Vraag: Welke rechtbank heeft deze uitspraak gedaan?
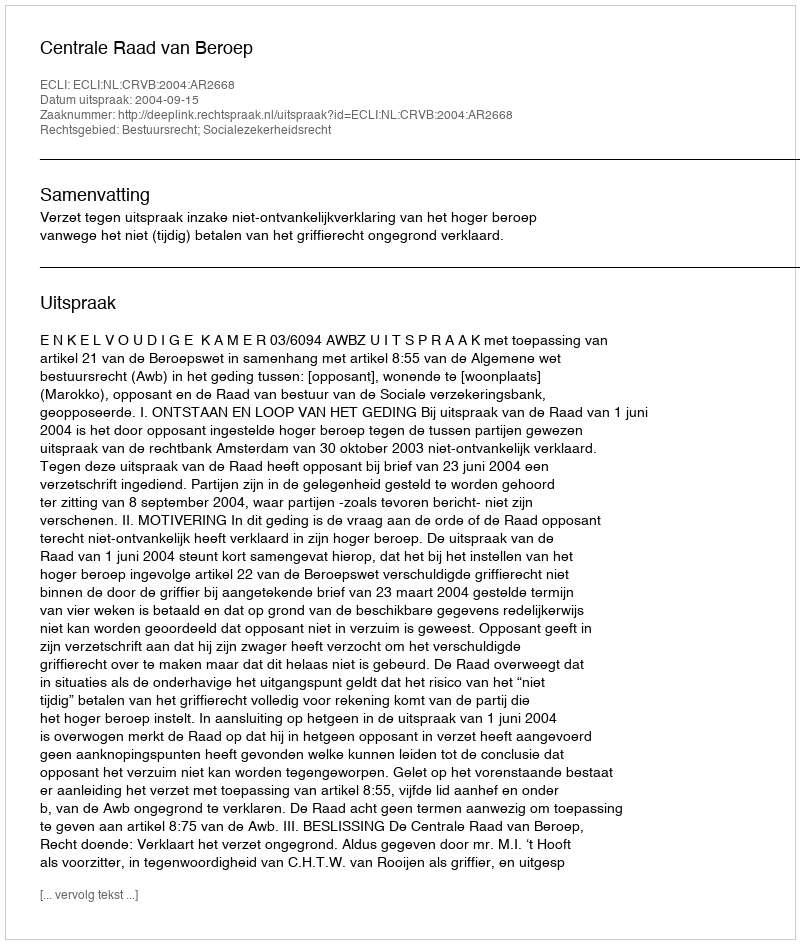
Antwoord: Centrale Raad van Beroep